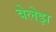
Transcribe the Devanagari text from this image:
वेलेझ